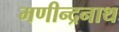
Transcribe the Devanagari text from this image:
मणीन्द्रनाथ